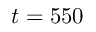
t = 5 5 0